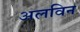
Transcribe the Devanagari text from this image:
अलविन